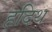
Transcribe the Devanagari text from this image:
हदिथ